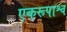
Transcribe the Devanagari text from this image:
एकरूपाश्व